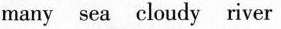
many sea cloudy river